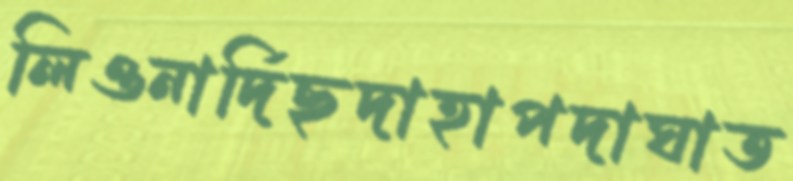
লিওনার্দিছদাহাপদাঘাত